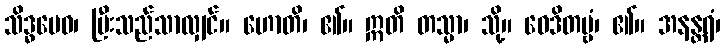
သိဒ္ဓမေဝ၊ ပြီးသည်သာလျှင်။ ဟောတိ၊ ၏။ ဣတိ တသ္မာ၊ သို့။ ဝေဒိတဗ္ဗံ၊ ၏။ အနန္တရံ၊